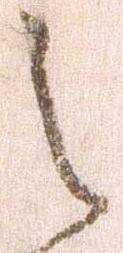
之